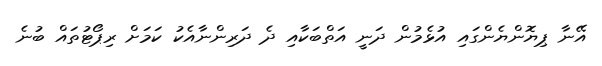
އޭނާ ޕިޔޮންޔެންގައި އުޅެމުން ދަނީ އަތްބަކާއި ދެ ދަރިންނާއެކު ކަމަށް ރިޕޯޓުތައް ބުނެ